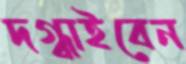
দগ্ধাইবেন